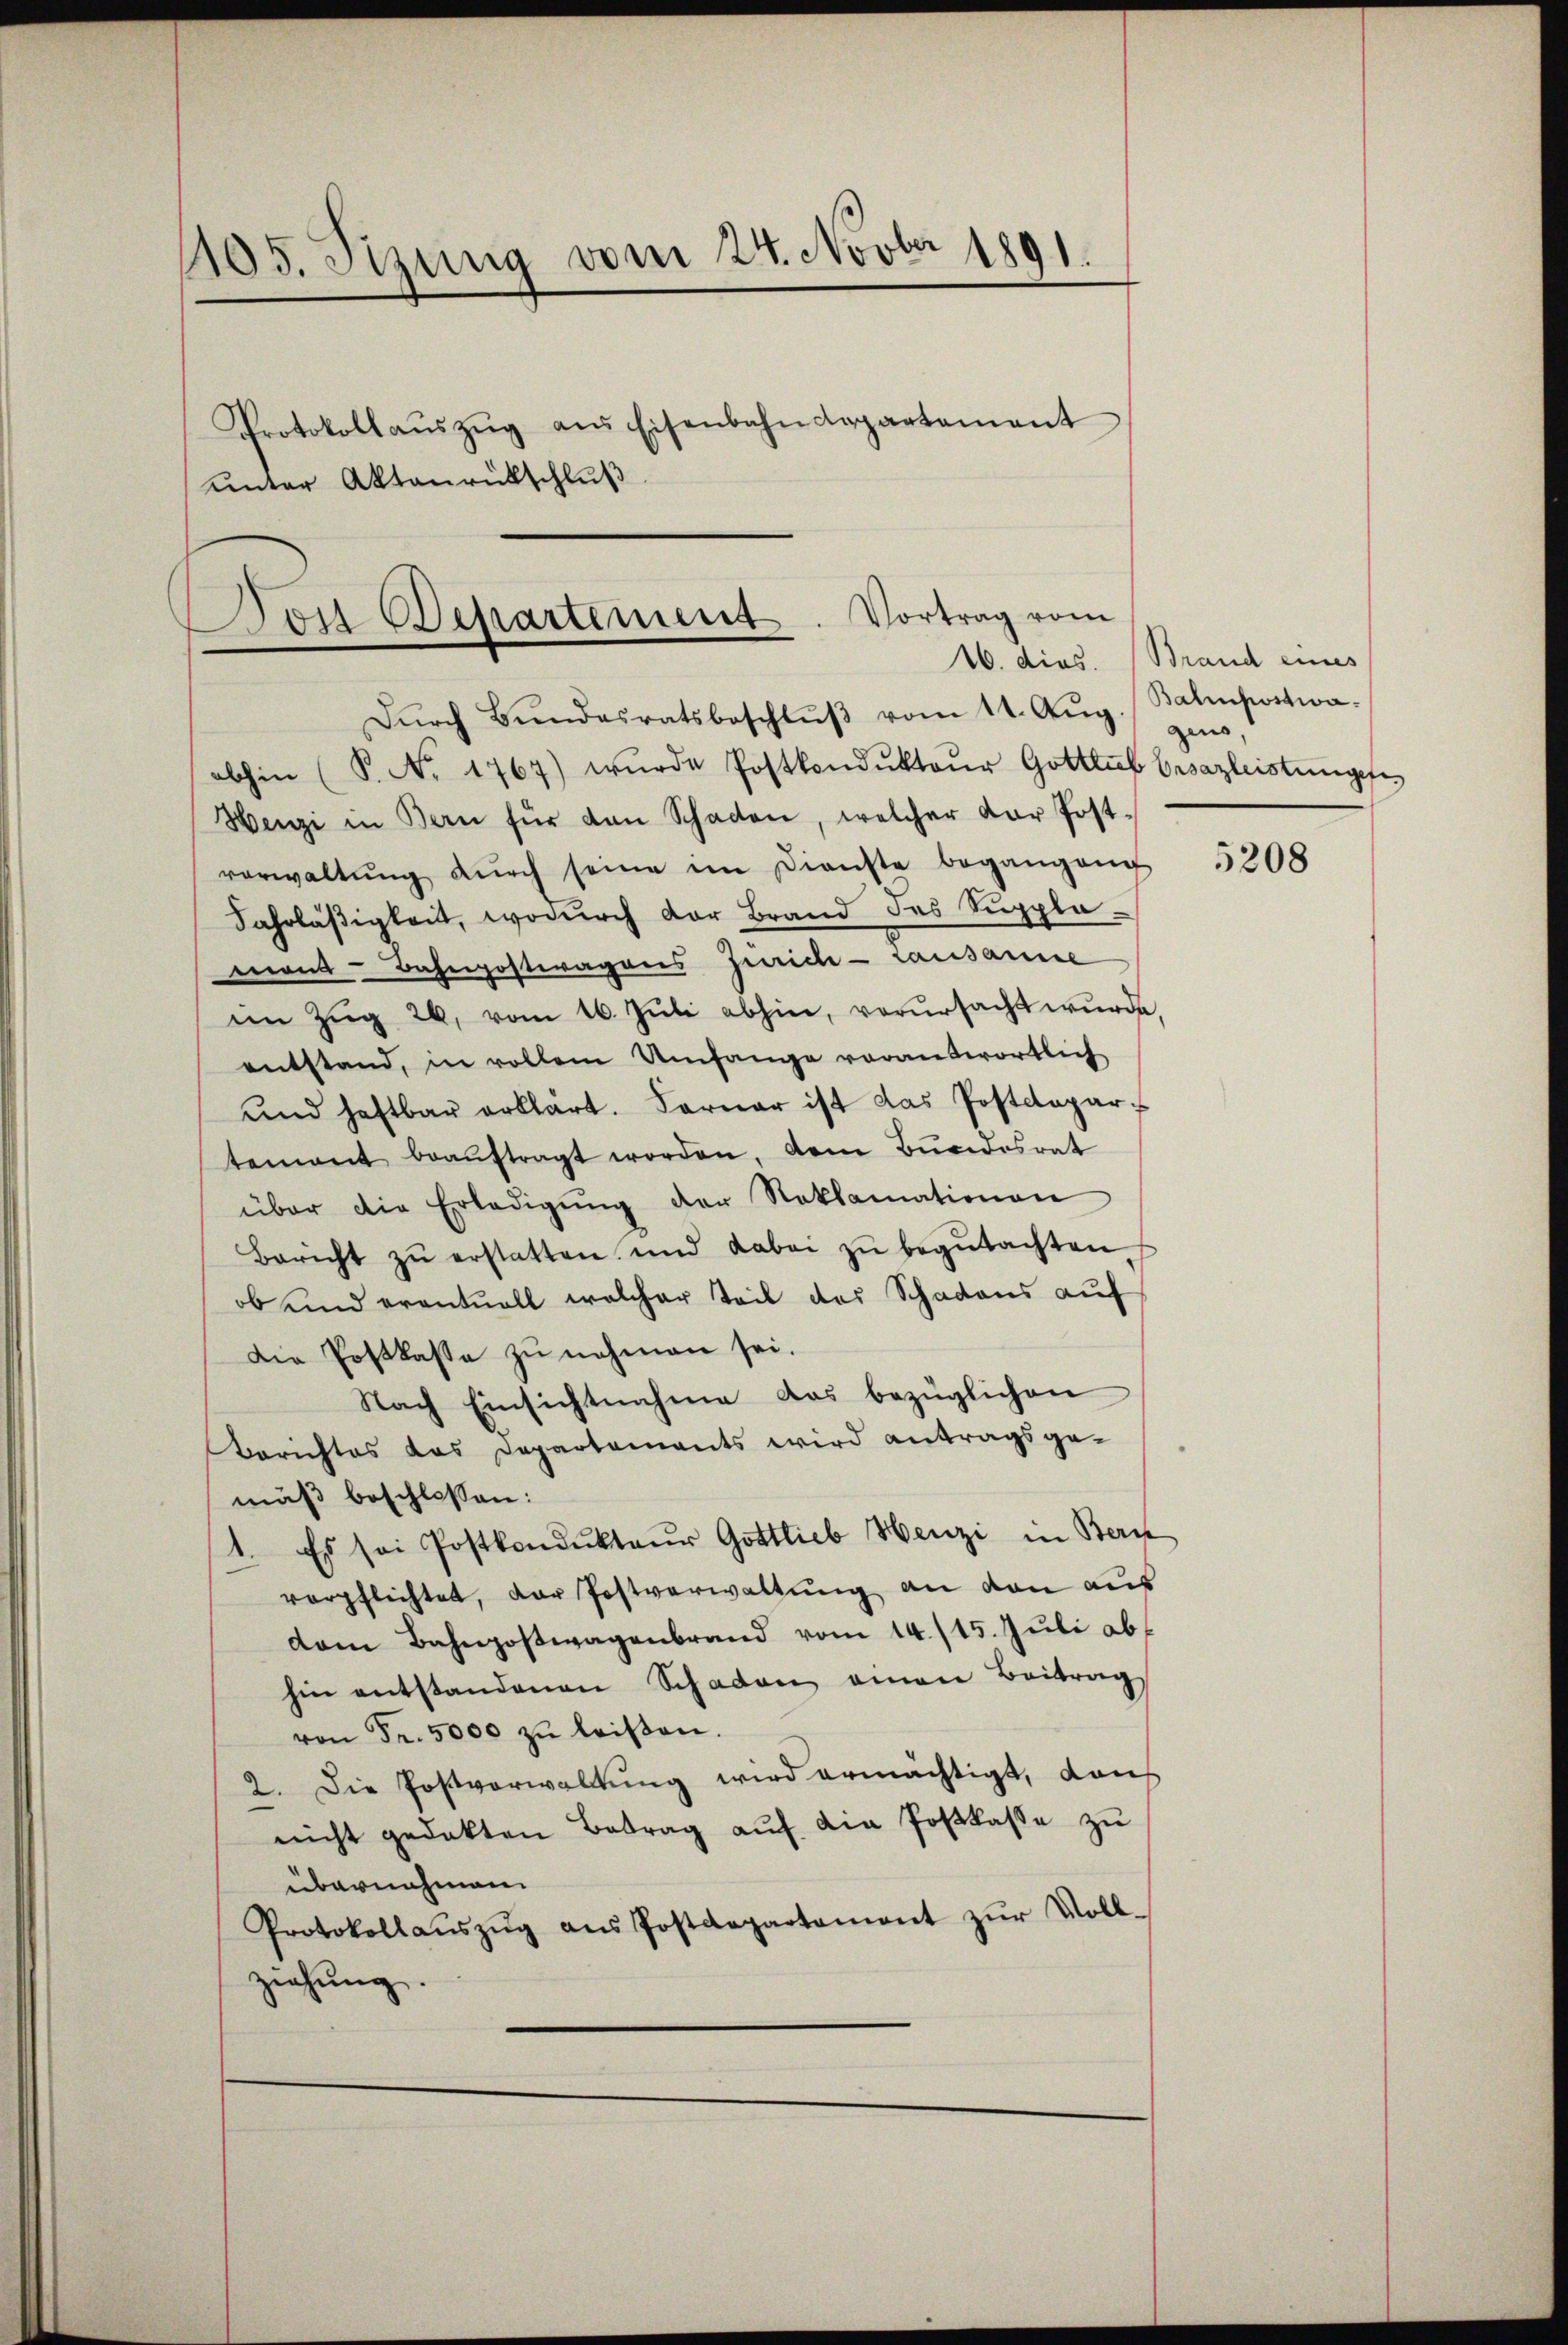
1105. Sizung vom 24. Novber 1891.
Protokollaŭszŭg ans Eisenbahndepartement
unter Aktenrückschluß

Vortrag vom
Von Departement

Dŭrch Bŭndesratsbeschlŭβ vom 11. Aŭg.
abhin (S. Nr. 1767) wŭrde Postkondŭktoŭr Gottlich Ersazleistungese
Henzi in Bern für den Schaden, welcher der Post-
verwaltŭng dŭrch seine im Dienste begangeng
Fahrläßigkeit, wodurch der Brand des Supplamant Bahnpostwagens Zürich - Lausanne
im Zŭg 26, vom 16. Jŭli abhin, verŭrsacht wŭrde,
entstand, in vollem Umfange vorantwortlich
und haftbar erklärt. Ferner ist das Postctopar-
tement beaŭftragt worden, dem Bundesrat
über die Erledigŭng der Reklamationen
Bericht zŭ erstatten und dabei zŭ begŭtachten
ob und eventuell welcher Teil des Schadens auf
Die Postkasse zu nehmen sei.
Nach Einsichtnahme das bezüglichen
Berichtes das Departements wird antragsgemäß beschlossen:
1. Es sei Postkondukteŭr Gottlieb Henzi in Bern
verpflichtet, der Postverwaltung an den aus
dam Bahnpostwagenbrand vom 14. 115. Juli ab
hin entstandenen Schaden einen Beitrag
von Fr. 5000 zŭ leisen.
2. Die Postverwaltung wird ermächtigt, dan
nicht gedekten Betrag aŭf die Postkasse zu
übernahmen.
Protokollaŭszŭg ans Postdepartement zŭr Voll-
ziehung.

16. dies. Brand eines
Balinpostwagens

5208